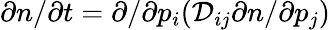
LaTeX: \partial n/\partial t=\partial/\partial p_{i}(\mathcal{D}_{ij}\partial n/\partial p_{j})